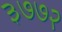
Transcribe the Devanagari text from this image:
३७७२